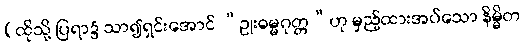
[ထိုသို့ ပြရာ၌ သာ၍ရှင်းအောင် “ဥုးဓမ္မဂုတ္တ”ဟု မှည့်ထားအပ်သော နိမ္မိတ